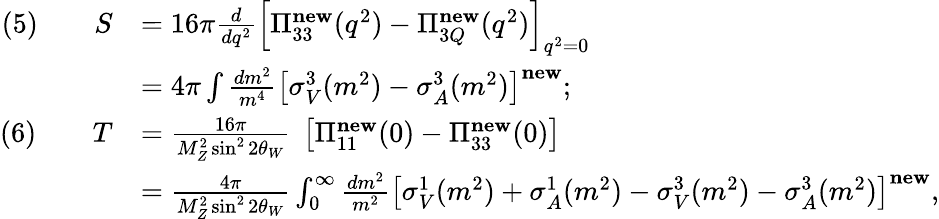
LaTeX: {\begin{array}{rl}{(5)\qquad S}&{=16\pi{\frac{d}{dq^{2}}}\left[\Pi_{33}^{\mathbf{new}}(q^{2})-\Pi_{3Q}^{\mathbf{new}}(q^{2})\right]_{q^{2}=0}}\\ &{=4\pi\int{\frac{dm^{2}}{m^{4}}}\left[\sigma_{V}^{3}(m^{2})-\sigma_{A}^{3}(m^{2})\right]^{\mathbf{new}};}\\ {(6)\qquad T}&{={\frac{16\pi}{M_{Z}^{2}\sin^{2}2\theta_{W}}}\; \left[\Pi_{11}^{\mathbf{new}}(0)-\Pi_{33}^{\mathbf{new}}(0)\right]}\\ &{={\frac{4\pi}{M_{Z}^{2}\sin^{2}2\theta_{W}}}\int_{0}^{\infty}{\frac{dm^{2}}{m^{2}}}\left[\sigma_{V}^{1}(m^{2})+\sigma_{A}^{1}(m^{2})-\sigma_{V}^{3}(m^{2})-\sigma_{A}^{3}(m^{2})\right]^{\mathbf{new}},}\end{array}}